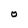
Character: O